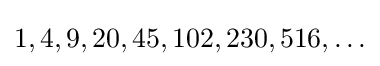
1,4,9,20,45,102,230,516,\ldots